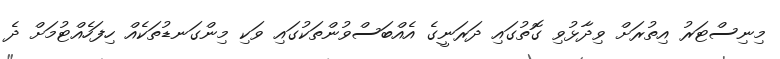
މިނިސްޓަރު އިތުރަށް ވިދާޅުވި ގޮތުގައި ދަރަނީގެ އެއްބަސްވުންތަކުގައި ވަކި މިންގަނޑުތަކެއް ހިފަހެއްޓުމަށް ދެ